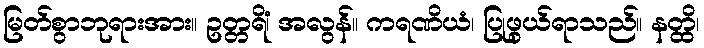
မြတ်စွာဘုရားအား။ ဥတ္တရိံ၊ အလွန်။ ကရဏိယံ၊ ပြုဖွယ်ရာသည်။ နတ္ထိ၊